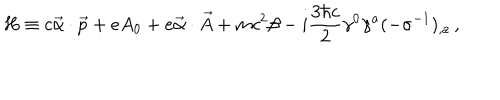
H \equiv c \vec { \alpha } \cdot \vec { p } + e A _ { 0 } + e \vec { \alpha } \cdot \vec { A } + m c ^ { 2 } \beta - i \frac { 3 \hbar c } { 2 } \gamma ^ { 0 } \gamma ^ { a } ( - \sigma ^ { - 1 } ) _ { , a } \, { , }